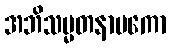
အဘိသမ္မတနာမကော